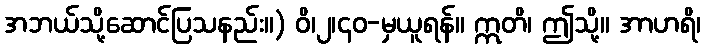
အဘယ်သို့ဆောင်ပြသနည်း။) ဝိ၊၂၊၄၀-မှယူရန်။ ဣတိ၊ ဤသို့။ အာဟရိ၊